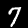
Digit: 7